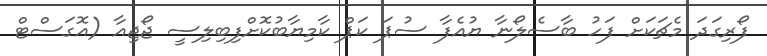
ފޯރިގަދަ މެޗަކަށް ފަހު ބާސެލޯނާ ޔުއެފާ ސުޕަ ކަޕް ކާމިޔާބުކޮށްފިބިލިސީ ޖޯޖިއާ (އޮގަސްޓް